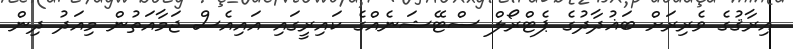
އިރާޤުގެ ވެރިރަށް ބަޣުދާދުގެ ޕެޓްރޯލް ސްޓޭޝަނެއްގެ ކައިރީގައި އައިއެސް ޖަމާއަތުން މިއަދު ދިން